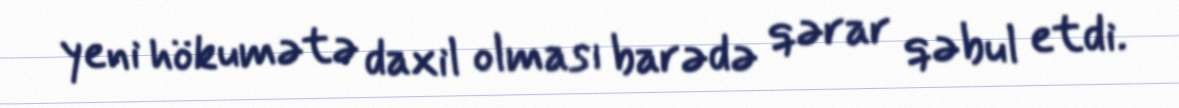
yeni hökumətə daxil olması barədə qərar qəbul etdi.